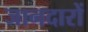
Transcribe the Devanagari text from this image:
जानदारों